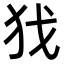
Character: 𢦖